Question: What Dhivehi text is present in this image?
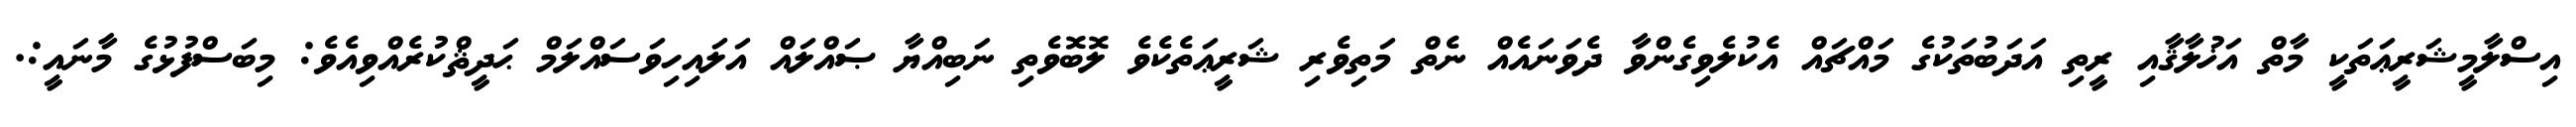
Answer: އިސްލާމީޝަރީޢަތަކީ މާތް އަޚުލާޤާއި ރީތި އަދަބުތަކުގެ މައްޗައް އެކުލެވިގެންވާ ދެވަނައެއް ނެތް މަތިވެރި ޝަރީޢަތެކެވެ ލޮބޮވެތި ނަބިއްޔާ ޞައްލައް އަލައިހިވަސައްލަމް ޙަދީޘްކުރެއްވިއެވެ: މިބަސްފުޅުގެ މާނައީ:.